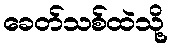
ခေတ်သစ်ထဲသို့